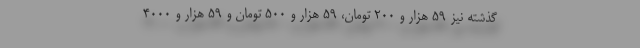
گذشته نیز ۵۹ هزار و ۲۰۰ تومان، ۵۹ هزار و ۵۰۰ تومان و ۵۹ هزار و ۴۰۰۰